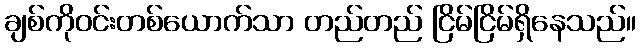
ချစ်ကိုဝင်းတစ်ယောက်သာ တည်တည် ငြိမ်ငြိမ်ရှိနေသည်။